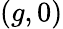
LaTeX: (g,0)